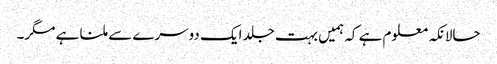
حالانکہ معلوم ہے کہ ہمیں بہت جلد ایک دوسرے سے ملنا ہے مگر۔